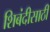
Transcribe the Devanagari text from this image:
शिबंदीसाठी